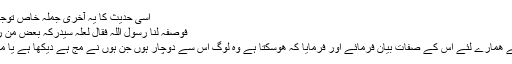
اسی حدیث كا یہ آخری جملہ خاص توجہ كا طالب ہے كہ:
فوصفہ لنا رسول اللہ فقال لعلہ سیدركہ بعض من رأنی او سمع كلامی
رسول خدا (ص) نے ھمارے لئے اس كے صفات بیان فرمائے اور فرمایا كہ ھوسكتا ہے وہ لوگ اس سے دوچار ہوں جن ہوں نے مج ہے دیكھا ہے یا میری بات سنی ہے۔